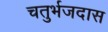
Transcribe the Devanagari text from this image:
चतुर्भजदास